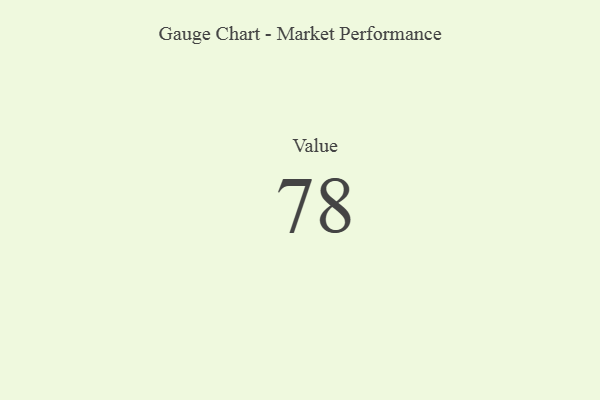
{"axis": {"x": "Metric", "y": "Value"}, "legend": [""], "data": [{"x": "Value", "y": 78, "type": ""}]}